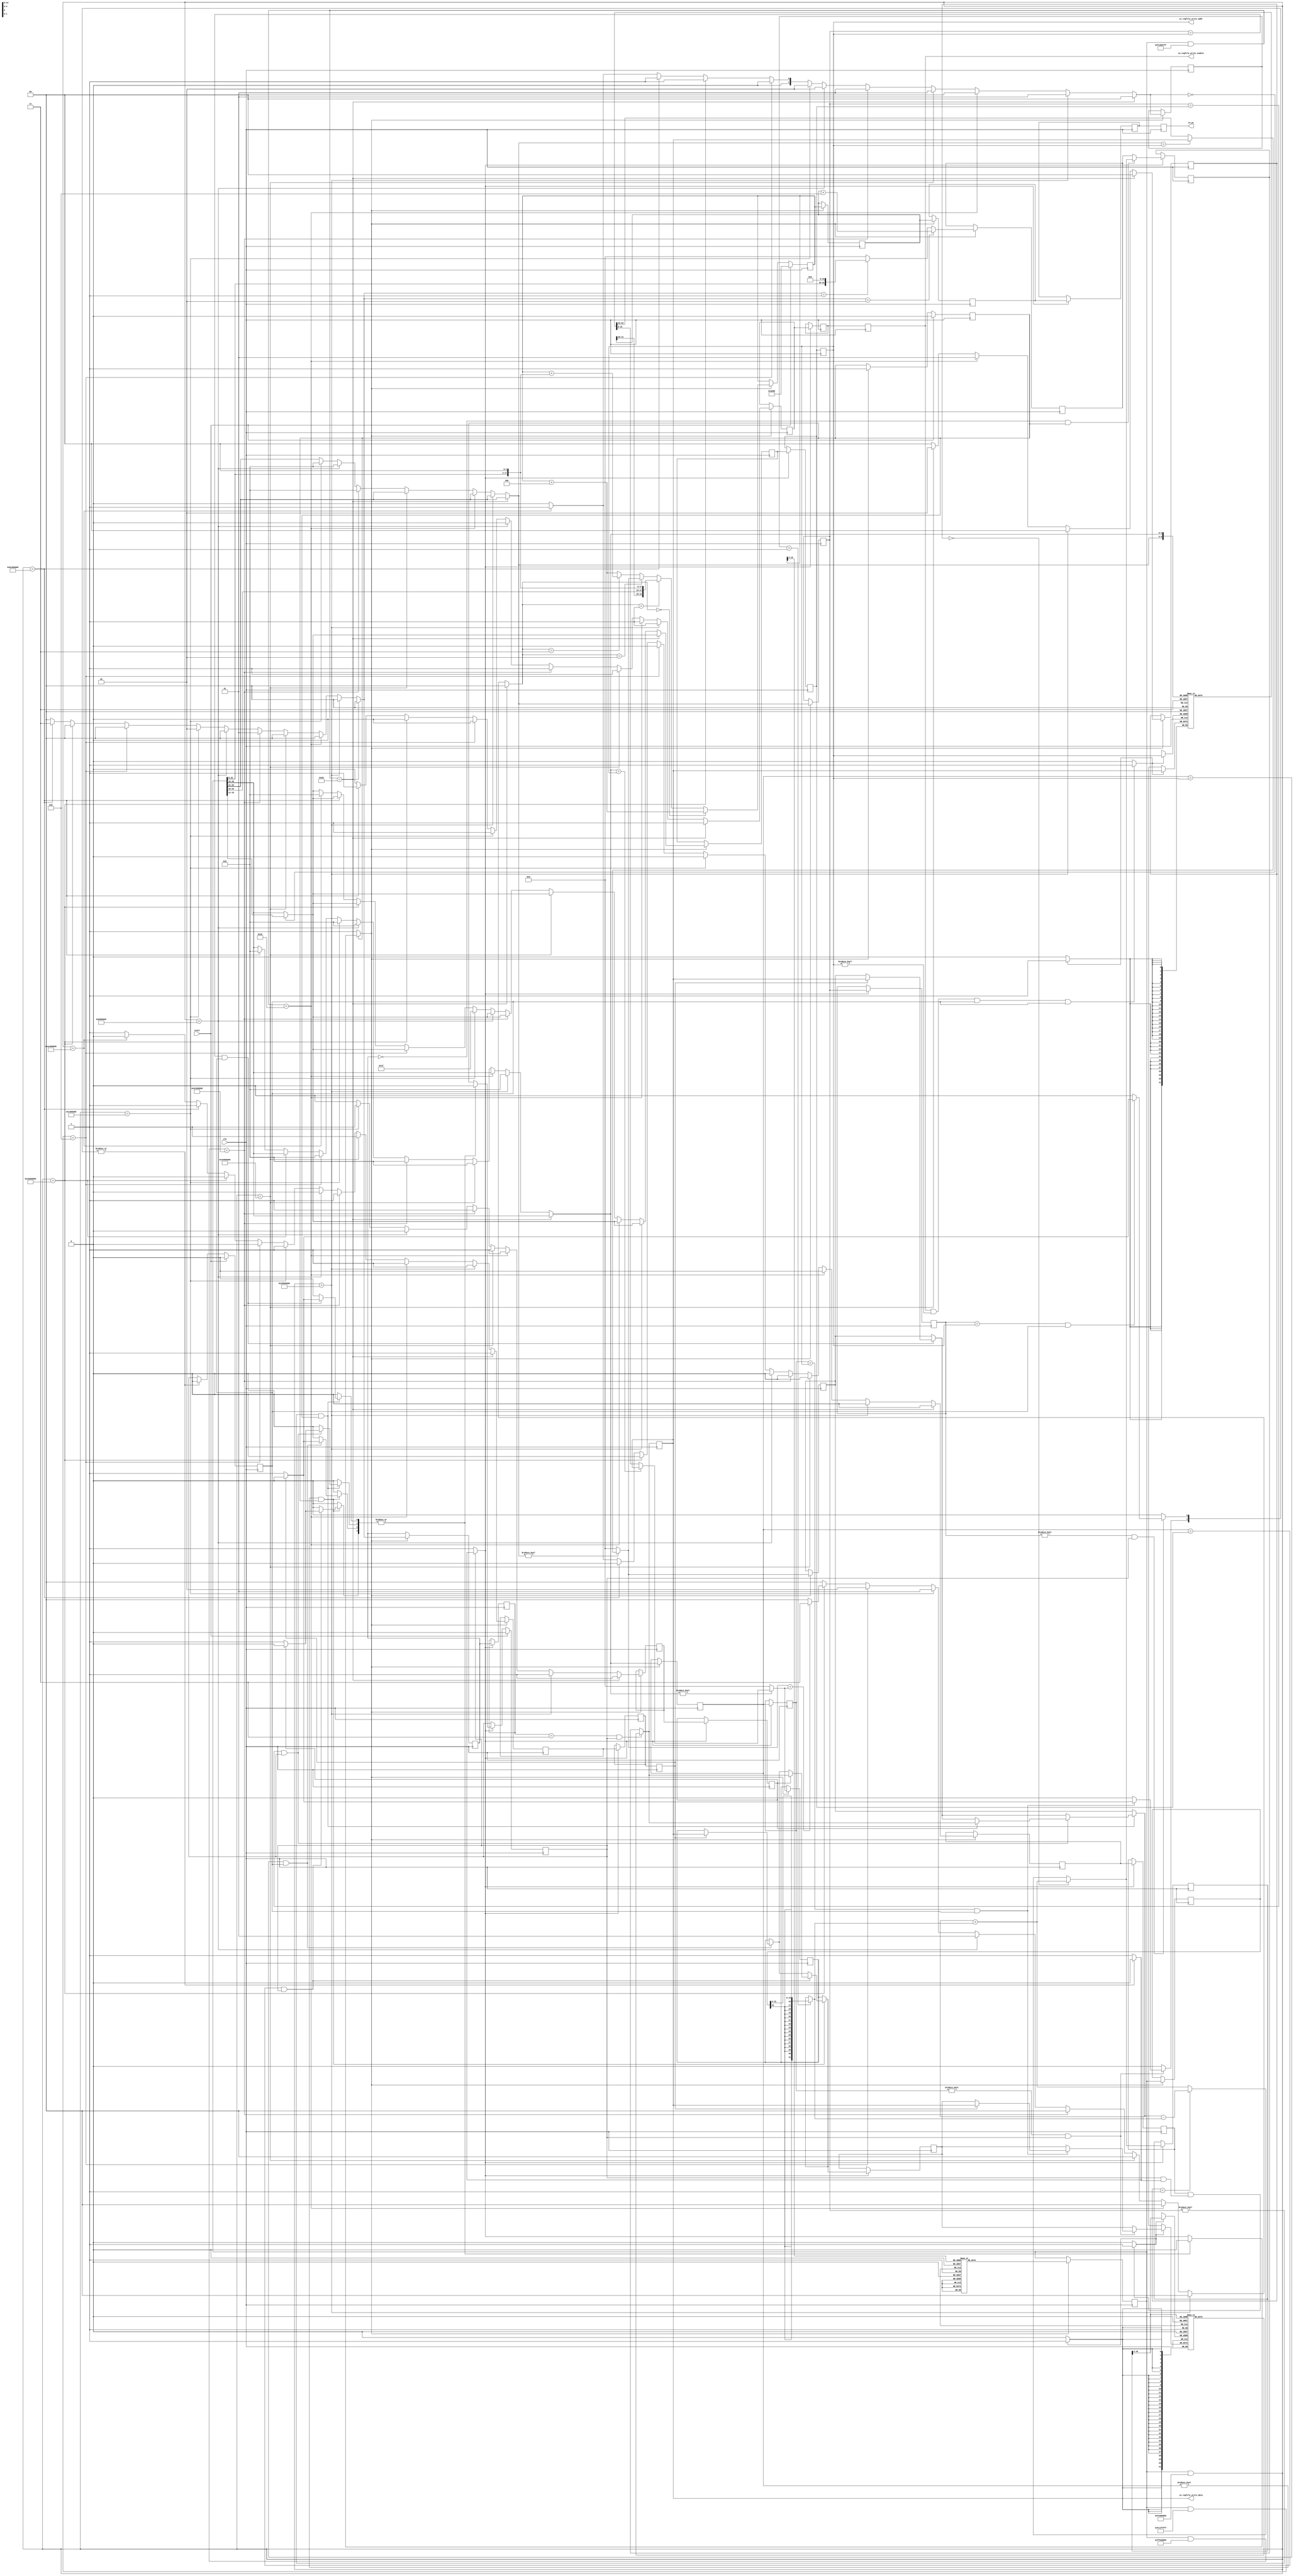
// Generator : SpinalHDL v1.10.1    git head : 2527c7c6b0fb0f95e5e1a5722a0be732b364ce43
// Component : MyTopLevel
// Git hash  : e5a811ef0aa9e9647f43e9067bb6b2a6b257add8

`timescale 1ns/1ps

module MyTopLevel (
  output wire [31:0]   io_pc,
  output wire          io_regfile_write_enable,
  output wire [4:0]    io_regfile_write_addr,
  output wire [31:0]   io_regfile_write_data,
  input  wire          clk,
  input  wire          reset
);
  localparam BypassRegfileWriteDataComponent_alu = 2'd0;
  localparam BypassRegfileWriteDataComponent_luc = 2'd1;
  localparam BypassRegfileWriteDataComponent_npc = 2'd2;
  localparam BypassRegfileWriteDataComponent_memory = 2'd3;
  localparam AluOp_add = 2'd0;
  localparam AluOp_sub = 2'd1;
  localparam AluOp_or_1 = 2'd2;
  localparam InstructionType_r = 2'd0;
  localparam InstructionType_i = 2'd1;
  localparam InstructionType_j = 2'd2;
  localparam NpcOp_pc4 = 2'd0;
  localparam NpcOp_imm26 = 2'd1;
  localparam NpcOp_regfile = 2'd2;
  localparam NpcOp_imm16 = 2'd3;

  wire       [31:0]   _zz_fetcher_icache_port0;
  wire       [31:0]   _zz_regfile_regfile_port0;
  wire       [31:0]   _zz_regfile_regfile_port1;
  wire       [31:0]   _zz_mem_dcache_port1;
  wire       [31:0]   _zz_decode_down_NPC;
  wire       [17:0]   _zz_decode_down_NPC_1;
  wire       [31:0]   _zz_decode_REGFILE_WRITE_DATA_bypass;
  wire       [31:0]   _zz_alu_in2;
  wire       [15:0]   _zz_alu_in2_1;
  wire       [31:0]   _zz_execute_down_ALU_OUT;
  wire       [31:0]   _zz_execute_down_ALU_OUT_1;
  wire       [31:0]   _zz_execute_down_ALU_OUT_2;
  wire       [31:0]   _zz_execute_down_ALU_OUT_3;
  wire       [31:0]   _zz_execute_down_ALU_OUT_4;
  wire       [31:0]   _zz_execute_down_ALU_OUT_5;
  wire       [31:0]   _zz_execute_down_ALU_OUT_6;
  wire       [31:0]   _zz_execute_down_ALU_OUT_7;
  wire       [31:0]   _zz_execute_down_ALU_OUT_8;
  wire       [14:0]   _zz_mem_dcache_port;
  wire                write_up_isReady;
  wire                memory_up_isReady;
  wire                fetch_up_isReady;
  wire                fetch_up_isValid;
  wire                memory_down_isValid;
  wire                execute_down_isValid;
  wire                decode_down_isValid;
  wire                decode_up_isValid;
  reg        [4:0]    write_up_REGFILE_WRITE_ADDR;
  reg                 write_up_REGFILE_WRITE_ENABLE;
  reg                 write_up_BYPASS_WRITE_ENABLE;
  reg        [31:0]   write_up_REGFILE_WRITE_DATA;
  reg        [31:0]   write_up_PC;
  reg        [31:0]   memory_up_ALU_OUT;
  reg        [4:0]    memory_up_REGFILE_WRITE_ADDR;
  reg                 memory_up_REGFILE_WRITE_ENABLE;
  wire                memory_down_REGFILE_WRITE_ENABLE;
  reg                 memory_up_MEMORY_WRITE_ENABLE;
  reg        [4:0]    memory_up_REGFILE_ADDR2;
  reg        [4:0]    memory_up_REGFILE_ADDR1;
  reg        [1:0]    memory_up_BYPASS_REGFILE_WRITE_DATA_COMPONENT;
  reg                 memory_up_BYPASS_WRITE_ENABLE;
  wire                memory_down_BYPASS_WRITE_ENABLE;
  reg                 memory_up_BYPASS_MEMORY_ENABLE;
  reg        [31:0]   memory_up_PC;
  wire       [31:0]   memory_down_PC;
  wire                memory_down_isReady;
  reg        [4:0]    execute_up_REGFILE_WRITE_ADDR;
  wire       [4:0]    execute_down_REGFILE_WRITE_ADDR;
  reg                 execute_up_REGFILE_WRITE_ENABLE;
  wire                execute_down_REGFILE_WRITE_ENABLE;
  reg                 execute_up_MEMORY_WRITE_ENABLE;
  wire                execute_down_MEMORY_WRITE_ENABLE;
  reg        [1:0]    execute_up_ALU_OP;
  reg        [4:0]    execute_up_REGFILE_ADDR2;
  reg        [4:0]    execute_up_REGFILE_ADDR1;
  reg        [1:0]    execute_up_BYPASS_REGFILE_WRITE_DATA_COMPONENT;
  reg                 execute_up_BYPASS_WRITE_ENABLE;
  wire                execute_down_BYPASS_WRITE_ENABLE;
  reg                 execute_up_BYPASS_MEMORY_ENABLE;
  wire                execute_down_BYPASS_MEMORY_ENABLE;
  reg        [1:0]    execute_up_INSTRUCTION_TYPE;
  reg        [31:0]   execute_up_INSTRUCTION;
  reg        [31:0]   execute_up_PC;
  wire       [31:0]   execute_down_PC;
  wire                execute_down_isReady;
  reg                 execute_up_valid;
  reg        [31:0]   decode_up_INSTRUCTION;
  reg        [31:0]   decode_up_PC;
  wire                decode_down_isReady;
  wire                fetch_down_isReady;
  wire                write_down_valid;
  reg                 write_up_valid;
  reg                 memory_down_valid;
  reg                 memory_up_valid;
  reg                 execute_down_valid;
  wire                fetch_up_ready;
  reg                 fetch_down_ready;
  wire                decode_up_ready;
  reg                 decode_down_ready;
  reg                 execute_up_ready;
  reg                 execute_down_ready;
  reg                 memory_up_ready;
  wire       [31:0]   write_down_PC;
  reg                 _zz_memory_haltRequest_MyTopLevel_l340;
  reg        [31:0]   memory_up_REGFILE_VAL2;
  reg        [31:0]   memory_REGFILE_VAL2_bypass;
  wire       [4:0]    memory_down_REGFILE_ADDR2;
  reg                 _zz_memory_haltRequest_MyTopLevel_l331;
  reg        [31:0]   memory_up_REGFILE_VAL1;
  wire       [31:0]   memory_down_REGFILE_VAL1;
  reg        [31:0]   memory_REGFILE_VAL1_bypass;
  wire       [4:0]    memory_down_REGFILE_ADDR1;
  reg                 _zz_execute_haltRequest_MyTopLevel_l320;
  reg                 _zz_execute_haltRequest_MyTopLevel_l313;
  reg        [31:0]   execute_up_REGFILE_VAL2;
  reg        [31:0]   execute_REGFILE_VAL2_bypass;
  wire       [4:0]    execute_down_REGFILE_ADDR2;
  reg                 _zz_execute_haltRequest_MyTopLevel_l303;
  wire                memory_down_BYPASS_MEMORY_ENABLE;
  wire       [4:0]    memory_down_REGFILE_WRITE_ADDR;
  reg                 _zz_execute_haltRequest_MyTopLevel_l296;
  reg        [31:0]   execute_up_REGFILE_VAL1;
  reg        [31:0]   execute_REGFILE_VAL1_bypass;
  wire                write_down_BYPASS_WRITE_ENABLE;
  wire       [4:0]    execute_down_REGFILE_ADDR1;
  reg                 _zz_1;
  wire                write_up_isValid;
  wire                write_up_isFiring;
  wire                write_down_REGFILE_WRITE_ENABLE;
  reg        [31:0]   memory_up_REGFILE_WRITE_DATA;
  wire       [31:0]   memory_down_REGFILE_WRITE_DATA;
  reg        [31:0]   memory_REGFILE_WRITE_DATA_bypass;
  wire                memory_up_isValid;
  wire       [1:0]    memory_down_BYPASS_REGFILE_WRITE_DATA_COMPONENT;
  reg                 _zz_2;
  wire       [31:0]   memory_down_REGFILE_VAL2;
  wire       [31:0]   memory_down_ALU_OUT;
  wire                memory_up_isFiring;
  wire                memory_down_MEMORY_WRITE_ENABLE;
  reg        [31:0]   execute_up_REGFILE_WRITE_DATA;
  wire       [31:0]   execute_down_REGFILE_WRITE_DATA;
  reg        [31:0]   execute_REGFILE_WRITE_DATA_bypass;
  wire                execute_up_isValid;
  wire       [1:0]    execute_down_BYPASS_REGFILE_WRITE_DATA_COMPONENT;
  wire       [31:0]   execute_down_REGFILE_VAL1;
  reg        [31:0]   execute_down_ALU_OUT;
  wire       [1:0]    execute_down_ALU_OP;
  wire       [31:0]   execute_down_REGFILE_VAL2;
  wire       [31:0]   execute_down_INSTRUCTION;
  wire       [1:0]    execute_down_INSTRUCTION_TYPE;
  wire       [31:0]   decode_down_PC;
  wire       [31:0]   decode_down_REGFILE_WRITE_DATA;
  reg        [31:0]   decode_REGFILE_WRITE_DATA_bypass;
  wire       [31:0]   decode_down_REGFILE_VAL2;
  wire       [31:0]   write_down_REGFILE_WRITE_DATA;
  wire       [4:0]    write_down_REGFILE_WRITE_ADDR;
  wire       [31:0]   decode_down_REGFILE_VAL1;
  wire                decode_down_REGFILE_VAL_EQUAL;
  wire       [31:0]   decode_up_REGFILE_WRITE_DATA;
  reg        [4:0]    decode_down_REGFILE_WRITE_ADDR;
  reg                 decode_down_REGFILE_WRITE_ENABLE;
  reg                 decode_down_MEMORY_WRITE_ENABLE;
  reg        [1:0]    decode_down_ALU_OP;
  reg        [4:0]    decode_down_REGFILE_ADDR2;
  reg        [4:0]    decode_down_REGFILE_ADDR1;
  reg        [1:0]    decode_down_NPC_OP;
  reg        [1:0]    decode_down_BYPASS_REGFILE_WRITE_DATA_COMPONENT;
  reg                 decode_down_BYPASS_WRITE_ENABLE;
  reg                 decode_down_BYPASS_MEMORY_ENABLE;
  reg                 decode_down_BYPASS_EXECUTE_ENABLE;
  reg        [1:0]    decode_down_INSTRUCTION_TYPE;
  wire       [31:0]   decode_down_INSTRUCTION;
  wire       [31:0]   fetch_down_INSTRUCTION;
  wire       [31:0]   fetch_down_PC;
  reg        [31:0]   decode_down_NPC;
  wire                fetch_up_isFiring;
  reg        [31:0]   fetcher_pc;
  wire       [14:0]   _zz_fetch_down_INSTRUCTION;
  wire                decoder_IS_NOP;
  wire                decoder_IS_ADD;
  wire                decoder_IS_ADDI;
  wire                decoder_IS_ADDU;
  wire                decoder_IS_ADDIU;
  wire                decoder_IS_SUB;
  wire                decoder_IS_SUBU;
  wire                decoder_IS_SLT;
  wire                decoder_IS_SLTI;
  wire                decoder_IS_SLTU;
  wire                decoder_IS_SLTIU;
  wire                decoder_IS_LUI;
  wire                decoder_IS_ORI;
  wire                decoder_IS_BEQ;
  wire                decoder_IS_J;
  wire                decoder_IS_JAL;
  wire                decoder_IS_JR;
  wire                decoder_IS_LW;
  wire                decoder_IS_SW;
  wire       [1:0]    _zz_decode_down_NPC_OP;
  wire                when_MyTopLevel_l226;
  wire                when_MyTopLevel_l233;
  wire                when_MyTopLevel_l235;
  wire                when_MyTopLevel_l237;
  wire                when_MyTopLevel_l239;
  wire                when_MyTopLevel_l245;
  wire       [31:0]   alu_in2;
  wire                when_MyTopLevel_l255;
  wire                when_MyTopLevel_l257;
  wire                when_MyTopLevel_l263;
  wire                when_MyTopLevel_l272;
  wire                when_MyTopLevel_l276;
  wire       [14:0]   _zz_memory_REGFILE_WRITE_DATA_bypass;
  wire                when_MyTopLevel_l283;
  wire                when_MyTopLevel_l290;
  wire                when_MyTopLevel_l292;
  wire                execute_haltRequest_MyTopLevel_l296;
  wire                when_MyTopLevel_l299;
  wire                execute_haltRequest_MyTopLevel_l303;
  wire                when_MyTopLevel_l307;
  wire                when_MyTopLevel_l309;
  wire                execute_haltRequest_MyTopLevel_l313;
  wire                when_MyTopLevel_l316;
  wire                execute_haltRequest_MyTopLevel_l320;
  wire                when_MyTopLevel_l326;
  wire                when_MyTopLevel_l327;
  wire                memory_haltRequest_MyTopLevel_l331;
  wire                when_MyTopLevel_l335;
  wire                when_MyTopLevel_l336;
  wire                memory_haltRequest_MyTopLevel_l340;
  wire                when_CtrlLink_l151;
  wire                when_CtrlLink_l151_1;
  wire                when_StageLink_l67;
  wire                when_StageLink_l67_1;
  wire                when_StageLink_l67_2;
  `ifndef SYNTHESIS
  reg [47:0] memory_up_BYPASS_REGFILE_WRITE_DATA_COMPONENT_string;
  reg [31:0] execute_up_ALU_OP_string;
  reg [47:0] execute_up_BYPASS_REGFILE_WRITE_DATA_COMPONENT_string;
  reg [7:0] execute_up_INSTRUCTION_TYPE_string;
  reg [47:0] memory_down_BYPASS_REGFILE_WRITE_DATA_COMPONENT_string;
  reg [47:0] execute_down_BYPASS_REGFILE_WRITE_DATA_COMPONENT_string;
  reg [31:0] execute_down_ALU_OP_string;
  reg [7:0] execute_down_INSTRUCTION_TYPE_string;
  reg [31:0] decode_down_ALU_OP_string;
  reg [55:0] decode_down_NPC_OP_string;
  reg [47:0] decode_down_BYPASS_REGFILE_WRITE_DATA_COMPONENT_string;
  reg [7:0] decode_down_INSTRUCTION_TYPE_string;
  reg [55:0] _zz_decode_down_NPC_OP_string;
  `endif

  reg [31:0] fetcher_icache [0:32767];
  (* ram_style = "distributed" *) reg [31:0] regfile_regfile [0:31];
  (* ram_style = "distributed" *) reg [31:0] mem_dcache [0:32767];

  assign _zz_decode_down_NPC_1 = {decode_down_INSTRUCTION[15 : 0],2'b00};
  assign _zz_decode_down_NPC = {14'd0, _zz_decode_down_NPC_1};
  assign _zz_decode_REGFILE_WRITE_DATA_bypass = (decode_down_PC + 32'h00000008);
  assign _zz_alu_in2_1 = execute_down_INSTRUCTION[15 : 0];
  assign _zz_alu_in2 = {{16{_zz_alu_in2_1[15]}}, _zz_alu_in2_1};
  assign _zz_execute_down_ALU_OUT = ($signed(_zz_execute_down_ALU_OUT_1) + $signed(_zz_execute_down_ALU_OUT_2));
  assign _zz_execute_down_ALU_OUT_1 = execute_down_REGFILE_VAL1;
  assign _zz_execute_down_ALU_OUT_2 = alu_in2;
  assign _zz_execute_down_ALU_OUT_3 = ($signed(_zz_execute_down_ALU_OUT_4) - $signed(_zz_execute_down_ALU_OUT_5));
  assign _zz_execute_down_ALU_OUT_4 = execute_down_REGFILE_VAL1;
  assign _zz_execute_down_ALU_OUT_5 = alu_in2;
  assign _zz_execute_down_ALU_OUT_6 = ($signed(_zz_execute_down_ALU_OUT_7) + $signed(_zz_execute_down_ALU_OUT_8));
  assign _zz_execute_down_ALU_OUT_7 = execute_down_REGFILE_VAL1;
  assign _zz_execute_down_ALU_OUT_8 = alu_in2;
  assign _zz_mem_dcache_port = memory_down_ALU_OUT[16 : 2];
  assign _zz_fetcher_icache_port0 = fetcher_icache[_zz_fetch_down_INSTRUCTION];
  assign _zz_regfile_regfile_port0 = regfile_regfile[decode_down_REGFILE_ADDR1];
  assign _zz_regfile_regfile_port1 = regfile_regfile[decode_down_REGFILE_ADDR2];
  always @(posedge clk) begin
    if(_zz_1) begin
      regfile_regfile[write_down_REGFILE_WRITE_ADDR] <= write_down_REGFILE_WRITE_DATA;
    end
  end

  always @(posedge clk) begin
    if(_zz_2) begin
      mem_dcache[_zz_mem_dcache_port] <= memory_down_REGFILE_VAL2;
    end
  end

  assign _zz_mem_dcache_port1 = mem_dcache[_zz_memory_REGFILE_WRITE_DATA_bypass];
  `ifndef SYNTHESIS
  always @(*) begin
    case(memory_up_BYPASS_REGFILE_WRITE_DATA_COMPONENT)
      BypassRegfileWriteDataComponent_alu : memory_up_BYPASS_REGFILE_WRITE_DATA_COMPONENT_string = "alu   ";
      BypassRegfileWriteDataComponent_luc : memory_up_BYPASS_REGFILE_WRITE_DATA_COMPONENT_string = "luc   ";
      BypassRegfileWriteDataComponent_npc : memory_up_BYPASS_REGFILE_WRITE_DATA_COMPONENT_string = "npc   ";
      BypassRegfileWriteDataComponent_memory : memory_up_BYPASS_REGFILE_WRITE_DATA_COMPONENT_string = "memory";
      default : memory_up_BYPASS_REGFILE_WRITE_DATA_COMPONENT_string = "??????";
    endcase
  end
  always @(*) begin
    case(execute_up_ALU_OP)
      AluOp_add : execute_up_ALU_OP_string = "add ";
      AluOp_sub : execute_up_ALU_OP_string = "sub ";
      AluOp_or_1 : execute_up_ALU_OP_string = "or_1";
      default : execute_up_ALU_OP_string = "????";
    endcase
  end
  always @(*) begin
    case(execute_up_BYPASS_REGFILE_WRITE_DATA_COMPONENT)
      BypassRegfileWriteDataComponent_alu : execute_up_BYPASS_REGFILE_WRITE_DATA_COMPONENT_string = "alu   ";
      BypassRegfileWriteDataComponent_luc : execute_up_BYPASS_REGFILE_WRITE_DATA_COMPONENT_string = "luc   ";
      BypassRegfileWriteDataComponent_npc : execute_up_BYPASS_REGFILE_WRITE_DATA_COMPONENT_string = "npc   ";
      BypassRegfileWriteDataComponent_memory : execute_up_BYPASS_REGFILE_WRITE_DATA_COMPONENT_string = "memory";
      default : execute_up_BYPASS_REGFILE_WRITE_DATA_COMPONENT_string = "??????";
    endcase
  end
  always @(*) begin
    case(execute_up_INSTRUCTION_TYPE)
      InstructionType_r : execute_up_INSTRUCTION_TYPE_string = "r";
      InstructionType_i : execute_up_INSTRUCTION_TYPE_string = "i";
      InstructionType_j : execute_up_INSTRUCTION_TYPE_string = "j";
      default : execute_up_INSTRUCTION_TYPE_string = "?";
    endcase
  end
  always @(*) begin
    case(memory_down_BYPASS_REGFILE_WRITE_DATA_COMPONENT)
      BypassRegfileWriteDataComponent_alu : memory_down_BYPASS_REGFILE_WRITE_DATA_COMPONENT_string = "alu   ";
      BypassRegfileWriteDataComponent_luc : memory_down_BYPASS_REGFILE_WRITE_DATA_COMPONENT_string = "luc   ";
      BypassRegfileWriteDataComponent_npc : memory_down_BYPASS_REGFILE_WRITE_DATA_COMPONENT_string = "npc   ";
      BypassRegfileWriteDataComponent_memory : memory_down_BYPASS_REGFILE_WRITE_DATA_COMPONENT_string = "memory";
      default : memory_down_BYPASS_REGFILE_WRITE_DATA_COMPONENT_string = "??????";
    endcase
  end
  always @(*) begin
    case(execute_down_BYPASS_REGFILE_WRITE_DATA_COMPONENT)
      BypassRegfileWriteDataComponent_alu : execute_down_BYPASS_REGFILE_WRITE_DATA_COMPONENT_string = "alu   ";
      BypassRegfileWriteDataComponent_luc : execute_down_BYPASS_REGFILE_WRITE_DATA_COMPONENT_string = "luc   ";
      BypassRegfileWriteDataComponent_npc : execute_down_BYPASS_REGFILE_WRITE_DATA_COMPONENT_string = "npc   ";
      BypassRegfileWriteDataComponent_memory : execute_down_BYPASS_REGFILE_WRITE_DATA_COMPONENT_string = "memory";
      default : execute_down_BYPASS_REGFILE_WRITE_DATA_COMPONENT_string = "??????";
    endcase
  end
  always @(*) begin
    case(execute_down_ALU_OP)
      AluOp_add : execute_down_ALU_OP_string = "add ";
      AluOp_sub : execute_down_ALU_OP_string = "sub ";
      AluOp_or_1 : execute_down_ALU_OP_string = "or_1";
      default : execute_down_ALU_OP_string = "????";
    endcase
  end
  always @(*) begin
    case(execute_down_INSTRUCTION_TYPE)
      InstructionType_r : execute_down_INSTRUCTION_TYPE_string = "r";
      InstructionType_i : execute_down_INSTRUCTION_TYPE_string = "i";
      InstructionType_j : execute_down_INSTRUCTION_TYPE_string = "j";
      default : execute_down_INSTRUCTION_TYPE_string = "?";
    endcase
  end
  always @(*) begin
    case(decode_down_ALU_OP)
      AluOp_add : decode_down_ALU_OP_string = "add ";
      AluOp_sub : decode_down_ALU_OP_string = "sub ";
      AluOp_or_1 : decode_down_ALU_OP_string = "or_1";
      default : decode_down_ALU_OP_string = "????";
    endcase
  end
  always @(*) begin
    case(decode_down_NPC_OP)
      NpcOp_pc4 : decode_down_NPC_OP_string = "pc4    ";
      NpcOp_imm26 : decode_down_NPC_OP_string = "imm26  ";
      NpcOp_regfile : decode_down_NPC_OP_string = "regfile";
      NpcOp_imm16 : decode_down_NPC_OP_string = "imm16  ";
      default : decode_down_NPC_OP_string = "???????";
    endcase
  end
  always @(*) begin
    case(decode_down_BYPASS_REGFILE_WRITE_DATA_COMPONENT)
      BypassRegfileWriteDataComponent_alu : decode_down_BYPASS_REGFILE_WRITE_DATA_COMPONENT_string = "alu   ";
      BypassRegfileWriteDataComponent_luc : decode_down_BYPASS_REGFILE_WRITE_DATA_COMPONENT_string = "luc   ";
      BypassRegfileWriteDataComponent_npc : decode_down_BYPASS_REGFILE_WRITE_DATA_COMPONENT_string = "npc   ";
      BypassRegfileWriteDataComponent_memory : decode_down_BYPASS_REGFILE_WRITE_DATA_COMPONENT_string = "memory";
      default : decode_down_BYPASS_REGFILE_WRITE_DATA_COMPONENT_string = "??????";
    endcase
  end
  always @(*) begin
    case(decode_down_INSTRUCTION_TYPE)
      InstructionType_r : decode_down_INSTRUCTION_TYPE_string = "r";
      InstructionType_i : decode_down_INSTRUCTION_TYPE_string = "i";
      InstructionType_j : decode_down_INSTRUCTION_TYPE_string = "j";
      default : decode_down_INSTRUCTION_TYPE_string = "?";
    endcase
  end
  always @(*) begin
    case(_zz_decode_down_NPC_OP)
      NpcOp_pc4 : _zz_decode_down_NPC_OP_string = "pc4    ";
      NpcOp_imm26 : _zz_decode_down_NPC_OP_string = "imm26  ";
      NpcOp_regfile : _zz_decode_down_NPC_OP_string = "regfile";
      NpcOp_imm16 : _zz_decode_down_NPC_OP_string = "imm16  ";
      default : _zz_decode_down_NPC_OP_string = "???????";
    endcase
  end
  `endif

  always @(*) begin
    _zz_memory_haltRequest_MyTopLevel_l340 = 1'b0;
    if(when_MyTopLevel_l335) begin
      if(when_MyTopLevel_l336) begin
        if(!write_down_BYPASS_WRITE_ENABLE) begin
          _zz_memory_haltRequest_MyTopLevel_l340 = 1'b1;
        end
      end
    end
  end

  assign memory_down_REGFILE_VAL2 = memory_REGFILE_VAL2_bypass;
  always @(*) begin
    memory_REGFILE_VAL2_bypass = memory_up_REGFILE_VAL2;
    if(when_MyTopLevel_l335) begin
      if(when_MyTopLevel_l336) begin
        if(write_down_BYPASS_WRITE_ENABLE) begin
          memory_REGFILE_VAL2_bypass = write_down_REGFILE_WRITE_DATA;
        end
      end
    end
  end

  always @(*) begin
    _zz_memory_haltRequest_MyTopLevel_l331 = 1'b0;
    if(when_MyTopLevel_l326) begin
      if(when_MyTopLevel_l327) begin
        if(!write_down_BYPASS_WRITE_ENABLE) begin
          _zz_memory_haltRequest_MyTopLevel_l331 = 1'b1;
        end
      end
    end
  end

  assign memory_down_REGFILE_VAL1 = memory_REGFILE_VAL1_bypass;
  always @(*) begin
    memory_REGFILE_VAL1_bypass = memory_up_REGFILE_VAL1;
    if(when_MyTopLevel_l326) begin
      if(when_MyTopLevel_l327) begin
        if(write_down_BYPASS_WRITE_ENABLE) begin
          memory_REGFILE_VAL1_bypass = write_down_REGFILE_WRITE_DATA;
        end
      end
    end
  end

  always @(*) begin
    _zz_execute_haltRequest_MyTopLevel_l320 = 1'b0;
    if(when_MyTopLevel_l307) begin
      if(when_MyTopLevel_l316) begin
        if(!memory_down_BYPASS_MEMORY_ENABLE) begin
          _zz_execute_haltRequest_MyTopLevel_l320 = 1'b1;
        end
      end
    end
  end

  always @(*) begin
    _zz_execute_haltRequest_MyTopLevel_l313 = 1'b0;
    if(when_MyTopLevel_l307) begin
      if(when_MyTopLevel_l309) begin
        if(!write_down_BYPASS_WRITE_ENABLE) begin
          _zz_execute_haltRequest_MyTopLevel_l313 = 1'b1;
        end
      end
    end
  end

  assign execute_down_REGFILE_VAL2 = execute_REGFILE_VAL2_bypass;
  always @(*) begin
    execute_REGFILE_VAL2_bypass = execute_up_REGFILE_VAL2;
    if(when_MyTopLevel_l307) begin
      if(when_MyTopLevel_l309) begin
        if(write_down_BYPASS_WRITE_ENABLE) begin
          execute_REGFILE_VAL2_bypass = write_down_REGFILE_WRITE_DATA;
        end
      end
      if(when_MyTopLevel_l316) begin
        if(memory_down_BYPASS_MEMORY_ENABLE) begin
          execute_REGFILE_VAL2_bypass = memory_down_REGFILE_WRITE_DATA;
        end
      end
    end
  end

  always @(*) begin
    _zz_execute_haltRequest_MyTopLevel_l303 = 1'b0;
    if(when_MyTopLevel_l290) begin
      if(when_MyTopLevel_l299) begin
        if(!memory_down_BYPASS_MEMORY_ENABLE) begin
          _zz_execute_haltRequest_MyTopLevel_l303 = 1'b1;
        end
      end
    end
  end

  always @(*) begin
    _zz_execute_haltRequest_MyTopLevel_l296 = 1'b0;
    if(when_MyTopLevel_l290) begin
      if(when_MyTopLevel_l292) begin
        if(!write_down_BYPASS_WRITE_ENABLE) begin
          _zz_execute_haltRequest_MyTopLevel_l296 = 1'b1;
        end
      end
    end
  end

  assign execute_down_REGFILE_VAL1 = execute_REGFILE_VAL1_bypass;
  always @(*) begin
    execute_REGFILE_VAL1_bypass = execute_up_REGFILE_VAL1;
    if(when_MyTopLevel_l290) begin
      if(when_MyTopLevel_l292) begin
        if(write_down_BYPASS_WRITE_ENABLE) begin
          execute_REGFILE_VAL1_bypass = write_down_REGFILE_WRITE_DATA;
        end
      end
      if(when_MyTopLevel_l299) begin
        if(memory_down_BYPASS_MEMORY_ENABLE) begin
          execute_REGFILE_VAL1_bypass = memory_down_REGFILE_WRITE_DATA;
        end
      end
    end
  end

  always @(*) begin
    _zz_1 = 1'b0;
    if(when_MyTopLevel_l283) begin
      _zz_1 = 1'b1;
    end
  end

  assign memory_down_REGFILE_WRITE_DATA = memory_REGFILE_WRITE_DATA_bypass;
  always @(*) begin
    memory_REGFILE_WRITE_DATA_bypass = memory_up_REGFILE_WRITE_DATA;
    if(when_MyTopLevel_l276) begin
      memory_REGFILE_WRITE_DATA_bypass = _zz_mem_dcache_port1;
    end
  end

  always @(*) begin
    _zz_2 = 1'b0;
    if(when_MyTopLevel_l272) begin
      _zz_2 = 1'b1;
    end
  end

  assign execute_down_REGFILE_WRITE_DATA = execute_REGFILE_WRITE_DATA_bypass;
  always @(*) begin
    execute_REGFILE_WRITE_DATA_bypass = execute_up_REGFILE_WRITE_DATA;
    if(when_MyTopLevel_l263) begin
      execute_REGFILE_WRITE_DATA_bypass = execute_down_ALU_OUT;
    end
  end

  assign decode_down_REGFILE_WRITE_DATA = decode_REGFILE_WRITE_DATA_bypass;
  always @(*) begin
    decode_REGFILE_WRITE_DATA_bypass = decode_up_REGFILE_WRITE_DATA;
    if(when_MyTopLevel_l226) begin
      decode_REGFILE_WRITE_DATA_bypass = {decode_down_INSTRUCTION[15 : 0],16'h0000};
    end
    if(when_MyTopLevel_l245) begin
      decode_REGFILE_WRITE_DATA_bypass = _zz_decode_REGFILE_WRITE_DATA_bypass;
    end
  end

  assign fetch_down_PC = fetcher_pc;
  assign _zz_fetch_down_INSTRUCTION = fetch_down_PC[16 : 2];
  assign fetch_down_INSTRUCTION = _zz_fetcher_icache_port0;
  assign decoder_IS_NOP = ((decode_down_INSTRUCTION & 32'hffffffff) == 32'h00000000);
  assign decoder_IS_ADD = ((decode_down_INSTRUCTION & 32'hfc0007ff) == 32'h00000020);
  assign decoder_IS_ADDI = ((decode_down_INSTRUCTION & 32'hfc000000) == 32'h20000000);
  assign decoder_IS_ADDU = ((decode_down_INSTRUCTION & 32'hfc0007ff) == 32'h00000021);
  assign decoder_IS_ADDIU = ((decode_down_INSTRUCTION & 32'hfc000000) == 32'h24000000);
  assign decoder_IS_SUB = ((decode_down_INSTRUCTION & 32'hfc0007ff) == 32'h00000022);
  assign decoder_IS_SUBU = ((decode_down_INSTRUCTION & 32'hfc0007ff) == 32'h00000023);
  assign decoder_IS_SLT = ((decode_down_INSTRUCTION & 32'hfc0007ff) == 32'h0000002a);
  assign decoder_IS_SLTI = ((decode_down_INSTRUCTION & 32'hfc000000) == 32'h28000000);
  assign decoder_IS_SLTU = ((decode_down_INSTRUCTION & 32'hfc0007ff) == 32'h0000002b);
  assign decoder_IS_SLTIU = ((decode_down_INSTRUCTION & 32'hfc000000) == 32'h2c000000);
  assign decoder_IS_LUI = ((decode_down_INSTRUCTION & 32'hffe00000) == 32'h3c000000);
  assign decoder_IS_ORI = ((decode_down_INSTRUCTION & 32'hfc000000) == 32'h34000000);
  assign decoder_IS_BEQ = ((decode_down_INSTRUCTION & 32'hfc000000) == 32'h10000000);
  assign decoder_IS_J = ((decode_down_INSTRUCTION & 32'hfc000000) == 32'h08000000);
  assign decoder_IS_JAL = ((decode_down_INSTRUCTION & 32'hfc000000) == 32'h0c000000);
  assign decoder_IS_JR = ((decode_down_INSTRUCTION & 32'hfc1fffff) == 32'h00000008);
  assign decoder_IS_LW = ((decode_down_INSTRUCTION & 32'hfc000000) == 32'h8c000000);
  assign decoder_IS_SW = ((decode_down_INSTRUCTION & 32'hfc000000) == 32'hac000000);
  always @(*) begin
    decode_down_INSTRUCTION_TYPE = InstructionType_r;
    if(!decoder_IS_ADD) begin
      if(decoder_IS_ADDI) begin
        decode_down_INSTRUCTION_TYPE = InstructionType_i;
      end else begin
        if(!decoder_IS_SUB) begin
          if(decoder_IS_ORI) begin
            decode_down_INSTRUCTION_TYPE = InstructionType_i;
          end else begin
            if(decoder_IS_LUI) begin
              decode_down_INSTRUCTION_TYPE = InstructionType_i;
            end else begin
              if(decoder_IS_J) begin
                decode_down_INSTRUCTION_TYPE = InstructionType_j;
              end else begin
                if(decoder_IS_JAL) begin
                  decode_down_INSTRUCTION_TYPE = InstructionType_j;
                end else begin
                  if(!decoder_IS_JR) begin
                    if(decoder_IS_BEQ) begin
                      decode_down_INSTRUCTION_TYPE = InstructionType_i;
                    end else begin
                      if(decoder_IS_LW) begin
                        decode_down_INSTRUCTION_TYPE = InstructionType_i;
                      end else begin
                        if(decoder_IS_SW) begin
                          decode_down_INSTRUCTION_TYPE = InstructionType_i;
                        end
                      end
                    end
                  end
                end
              end
            end
          end
        end
      end
    end
  end

  always @(*) begin
    decode_down_BYPASS_EXECUTE_ENABLE = 1'b0;
    if(!decoder_IS_ADD) begin
      if(!decoder_IS_ADDI) begin
        if(!decoder_IS_SUB) begin
          if(!decoder_IS_ORI) begin
            if(decoder_IS_LUI) begin
              decode_down_BYPASS_EXECUTE_ENABLE = 1'b1;
            end else begin
              if(!decoder_IS_J) begin
                if(decoder_IS_JAL) begin
                  decode_down_BYPASS_EXECUTE_ENABLE = 1'b1;
                end
              end
            end
          end
        end
      end
    end
  end

  always @(*) begin
    decode_down_BYPASS_MEMORY_ENABLE = 1'b0;
    if(decoder_IS_ADD) begin
      decode_down_BYPASS_MEMORY_ENABLE = 1'b1;
    end else begin
      if(decoder_IS_ADDI) begin
        decode_down_BYPASS_MEMORY_ENABLE = 1'b1;
      end else begin
        if(decoder_IS_SUB) begin
          decode_down_BYPASS_MEMORY_ENABLE = 1'b1;
        end else begin
          if(decoder_IS_ORI) begin
            decode_down_BYPASS_MEMORY_ENABLE = 1'b1;
          end else begin
            if(decoder_IS_LUI) begin
              decode_down_BYPASS_MEMORY_ENABLE = 1'b1;
            end else begin
              if(!decoder_IS_J) begin
                if(decoder_IS_JAL) begin
                  decode_down_BYPASS_MEMORY_ENABLE = 1'b1;
                end
              end
            end
          end
        end
      end
    end
  end

  always @(*) begin
    decode_down_BYPASS_WRITE_ENABLE = 1'b1;
    if(!decoder_IS_ADD) begin
      if(!decoder_IS_ADDI) begin
        if(!decoder_IS_SUB) begin
          if(!decoder_IS_ORI) begin
            if(!decoder_IS_LUI) begin
              if(decoder_IS_J) begin
                decode_down_BYPASS_WRITE_ENABLE = 1'b0;
              end else begin
                if(!decoder_IS_JAL) begin
                  if(decoder_IS_JR) begin
                    decode_down_BYPASS_WRITE_ENABLE = 1'b0;
                  end else begin
                    if(decoder_IS_BEQ) begin
                      decode_down_BYPASS_WRITE_ENABLE = 1'b0;
                    end else begin
                      if(!decoder_IS_LW) begin
                        if(decoder_IS_SW) begin
                          decode_down_BYPASS_WRITE_ENABLE = 1'b0;
                        end
                      end
                    end
                  end
                end
              end
            end
          end
        end
      end
    end
  end

  always @(*) begin
    decode_down_BYPASS_REGFILE_WRITE_DATA_COMPONENT = BypassRegfileWriteDataComponent_alu;
    if(!decoder_IS_ADD) begin
      if(!decoder_IS_ADDI) begin
        if(!decoder_IS_SUB) begin
          if(!decoder_IS_ORI) begin
            if(decoder_IS_LUI) begin
              decode_down_BYPASS_REGFILE_WRITE_DATA_COMPONENT = BypassRegfileWriteDataComponent_luc;
            end else begin
              if(!decoder_IS_J) begin
                if(decoder_IS_JAL) begin
                  decode_down_BYPASS_REGFILE_WRITE_DATA_COMPONENT = BypassRegfileWriteDataComponent_npc;
                end else begin
                  if(!decoder_IS_JR) begin
                    if(!decoder_IS_BEQ) begin
                      if(decoder_IS_LW) begin
                        decode_down_BYPASS_REGFILE_WRITE_DATA_COMPONENT = BypassRegfileWriteDataComponent_memory;
                      end
                    end
                  end
                end
              end
            end
          end
        end
      end
    end
  end

  always @(*) begin
    decode_down_NPC_OP = NpcOp_pc4;
    if(!decoder_IS_ADD) begin
      if(!decoder_IS_ADDI) begin
        if(!decoder_IS_SUB) begin
          if(!decoder_IS_ORI) begin
            if(!decoder_IS_LUI) begin
              if(decoder_IS_J) begin
                decode_down_NPC_OP = NpcOp_imm26;
              end else begin
                if(decoder_IS_JAL) begin
                  decode_down_NPC_OP = NpcOp_imm26;
                end else begin
                  if(decoder_IS_JR) begin
                    decode_down_NPC_OP = NpcOp_regfile;
                  end else begin
                    if(decoder_IS_BEQ) begin
                      decode_down_NPC_OP = _zz_decode_down_NPC_OP;
                    end
                  end
                end
              end
            end
          end
        end
      end
    end
  end

  always @(*) begin
    decode_down_REGFILE_ADDR1 = decode_down_INSTRUCTION[25 : 21];
    if(!decoder_IS_ADD) begin
      if(!decoder_IS_ADDI) begin
        if(!decoder_IS_SUB) begin
          if(!decoder_IS_ORI) begin
            if(decoder_IS_LUI) begin
              decode_down_REGFILE_ADDR1 = 5'h00;
            end else begin
              if(decoder_IS_J) begin
                decode_down_REGFILE_ADDR1 = 5'h00;
              end else begin
                if(decoder_IS_JAL) begin
                  decode_down_REGFILE_ADDR1 = 5'h00;
                end
              end
            end
          end
        end
      end
    end
  end

  always @(*) begin
    decode_down_REGFILE_ADDR2 = decode_down_INSTRUCTION[20 : 16];
    if(!decoder_IS_ADD) begin
      if(decoder_IS_ADDI) begin
        decode_down_REGFILE_ADDR2 = 5'h00;
      end else begin
        if(!decoder_IS_SUB) begin
          if(decoder_IS_ORI) begin
            decode_down_REGFILE_ADDR2 = 5'h00;
          end else begin
            if(decoder_IS_LUI) begin
              decode_down_REGFILE_ADDR2 = 5'h00;
            end else begin
              if(decoder_IS_J) begin
                decode_down_REGFILE_ADDR2 = 5'h00;
              end else begin
                if(decoder_IS_JAL) begin
                  decode_down_REGFILE_ADDR2 = 5'h00;
                end else begin
                  if(decoder_IS_JR) begin
                    decode_down_REGFILE_ADDR2 = 5'h00;
                  end else begin
                    if(!decoder_IS_BEQ) begin
                      if(decoder_IS_LW) begin
                        decode_down_REGFILE_ADDR2 = 5'h00;
                      end
                    end
                  end
                end
              end
            end
          end
        end
      end
    end
  end

  always @(*) begin
    decode_down_ALU_OP = AluOp_add;
    if(!decoder_IS_ADD) begin
      if(!decoder_IS_ADDI) begin
        if(decoder_IS_SUB) begin
          decode_down_ALU_OP = AluOp_sub;
        end else begin
          if(decoder_IS_ORI) begin
            decode_down_ALU_OP = AluOp_or_1;
          end
        end
      end
    end
  end

  always @(*) begin
    decode_down_MEMORY_WRITE_ENABLE = 1'b0;
    if(!decoder_IS_ADD) begin
      if(!decoder_IS_ADDI) begin
        if(!decoder_IS_SUB) begin
          if(!decoder_IS_ORI) begin
            if(!decoder_IS_LUI) begin
              if(!decoder_IS_J) begin
                if(!decoder_IS_JAL) begin
                  if(!decoder_IS_JR) begin
                    if(!decoder_IS_BEQ) begin
                      if(!decoder_IS_LW) begin
                        if(decoder_IS_SW) begin
                          decode_down_MEMORY_WRITE_ENABLE = 1'b1;
                        end
                      end
                    end
                  end
                end
              end
            end
          end
        end
      end
    end
  end

  always @(*) begin
    decode_down_REGFILE_WRITE_ENABLE = 1'b0;
    if(decoder_IS_ADD) begin
      decode_down_REGFILE_WRITE_ENABLE = 1'b1;
    end else begin
      if(decoder_IS_ADDI) begin
        decode_down_REGFILE_WRITE_ENABLE = 1'b1;
      end else begin
        if(decoder_IS_SUB) begin
          decode_down_REGFILE_WRITE_ENABLE = 1'b1;
        end else begin
          if(decoder_IS_ORI) begin
            decode_down_REGFILE_WRITE_ENABLE = 1'b1;
          end else begin
            if(decoder_IS_LUI) begin
              decode_down_REGFILE_WRITE_ENABLE = 1'b1;
            end else begin
              if(!decoder_IS_J) begin
                if(decoder_IS_JAL) begin
                  decode_down_REGFILE_WRITE_ENABLE = 1'b1;
                end else begin
                  if(!decoder_IS_JR) begin
                    if(!decoder_IS_BEQ) begin
                      if(decoder_IS_LW) begin
                        decode_down_REGFILE_WRITE_ENABLE = 1'b1;
                      end
                    end
                  end
                end
              end
            end
          end
        end
      end
    end
  end

  always @(*) begin
    decode_down_REGFILE_WRITE_ADDR = ((decode_down_INSTRUCTION_TYPE == InstructionType_r) ? decode_down_INSTRUCTION[15 : 11] : decode_down_INSTRUCTION[20 : 16]);
    if(!decoder_IS_ADD) begin
      if(!decoder_IS_ADDI) begin
        if(!decoder_IS_SUB) begin
          if(!decoder_IS_ORI) begin
            if(!decoder_IS_LUI) begin
              if(!decoder_IS_J) begin
                if(decoder_IS_JAL) begin
                  decode_down_REGFILE_WRITE_ADDR = 5'h1f;
                end else begin
                  if(!decoder_IS_JR) begin
                    if(!decoder_IS_BEQ) begin
                      if(!decoder_IS_LW) begin
                        if(decoder_IS_SW) begin
                          decode_down_REGFILE_WRITE_ADDR = 5'h00;
                        end
                      end
                    end
                  end
                end
              end
            end
          end
        end
      end
    end
  end

  assign decode_up_REGFILE_WRITE_DATA = 32'h00000000;
  assign _zz_decode_down_NPC_OP = (decode_down_REGFILE_VAL_EQUAL ? NpcOp_imm16 : NpcOp_pc4);
  assign decode_down_REGFILE_VAL1 = ((decode_down_REGFILE_ADDR1 != 5'h00) ? ((decode_down_REGFILE_ADDR1 == write_down_REGFILE_WRITE_ADDR) ? write_down_REGFILE_WRITE_DATA : _zz_regfile_regfile_port0) : 32'h00000000);
  assign decode_down_REGFILE_VAL2 = ((decode_down_REGFILE_ADDR2 != 5'h00) ? ((decode_down_REGFILE_ADDR2 == write_down_REGFILE_WRITE_ADDR) ? write_down_REGFILE_WRITE_DATA : _zz_regfile_regfile_port1) : 32'h00000000);
  assign decode_down_REGFILE_VAL_EQUAL = (decode_down_REGFILE_VAL1 == decode_down_REGFILE_VAL2);
  assign when_MyTopLevel_l226 = (decode_down_BYPASS_REGFILE_WRITE_DATA_COMPONENT == BypassRegfileWriteDataComponent_luc);
  assign when_MyTopLevel_l233 = (decode_down_NPC_OP == NpcOp_pc4);
  always @(*) begin
    if(when_MyTopLevel_l233) begin
      decode_down_NPC = (fetch_down_PC + 32'h00000004);
    end else begin
      if(when_MyTopLevel_l235) begin
        decode_down_NPC = {{decode_down_PC[31 : 28],decode_down_INSTRUCTION[25 : 0]},2'b00};
      end else begin
        if(when_MyTopLevel_l237) begin
          decode_down_NPC = decode_down_REGFILE_VAL1;
        end else begin
          if(when_MyTopLevel_l239) begin
            decode_down_NPC = (fetch_down_PC + _zz_decode_down_NPC);
          end else begin
            decode_down_NPC = (fetch_down_PC + 32'h00000004);
          end
        end
      end
    end
  end

  assign when_MyTopLevel_l235 = (decode_down_NPC_OP == NpcOp_imm26);
  assign when_MyTopLevel_l237 = (decode_down_NPC_OP == NpcOp_regfile);
  assign when_MyTopLevel_l239 = (decode_down_NPC_OP == NpcOp_imm16);
  assign when_MyTopLevel_l245 = (decode_down_BYPASS_REGFILE_WRITE_DATA_COMPONENT == BypassRegfileWriteDataComponent_npc);
  assign alu_in2 = ((execute_down_INSTRUCTION_TYPE == InstructionType_i) ? _zz_alu_in2 : execute_down_REGFILE_VAL2);
  assign when_MyTopLevel_l255 = (execute_down_ALU_OP == AluOp_add);
  always @(*) begin
    if(when_MyTopLevel_l255) begin
      execute_down_ALU_OUT = _zz_execute_down_ALU_OUT;
    end else begin
      if(when_MyTopLevel_l257) begin
        execute_down_ALU_OUT = _zz_execute_down_ALU_OUT_3;
      end else begin
        execute_down_ALU_OUT = _zz_execute_down_ALU_OUT_6;
      end
    end
  end

  assign when_MyTopLevel_l257 = (execute_down_ALU_OP == AluOp_sub);
  assign when_MyTopLevel_l263 = ((execute_down_BYPASS_REGFILE_WRITE_DATA_COMPONENT == BypassRegfileWriteDataComponent_alu) && execute_up_isValid);
  assign when_MyTopLevel_l272 = (memory_down_MEMORY_WRITE_ENABLE && memory_up_isFiring);
  assign when_MyTopLevel_l276 = ((memory_down_BYPASS_REGFILE_WRITE_DATA_COMPONENT == BypassRegfileWriteDataComponent_memory) && memory_up_isValid);
  assign _zz_memory_REGFILE_WRITE_DATA_bypass = memory_down_ALU_OUT[16 : 2];
  assign when_MyTopLevel_l283 = (((write_down_REGFILE_WRITE_ENABLE && (write_down_REGFILE_WRITE_ADDR != 5'h00)) && write_up_isFiring) && write_up_isValid);
  assign when_MyTopLevel_l290 = ((execute_down_REGFILE_ADDR1 != 5'h00) && execute_up_isValid);
  assign when_MyTopLevel_l292 = ((execute_down_REGFILE_ADDR1 == write_down_REGFILE_WRITE_ADDR) && write_up_isValid);
  assign execute_haltRequest_MyTopLevel_l296 = _zz_execute_haltRequest_MyTopLevel_l296;
  assign when_MyTopLevel_l299 = ((execute_down_REGFILE_ADDR1 == memory_down_REGFILE_WRITE_ADDR) && memory_up_isValid);
  assign execute_haltRequest_MyTopLevel_l303 = _zz_execute_haltRequest_MyTopLevel_l303;
  assign when_MyTopLevel_l307 = ((execute_down_REGFILE_ADDR2 != 5'h00) && execute_up_isValid);
  assign when_MyTopLevel_l309 = ((execute_down_REGFILE_ADDR2 == write_down_REGFILE_WRITE_ADDR) && write_up_isValid);
  assign execute_haltRequest_MyTopLevel_l313 = _zz_execute_haltRequest_MyTopLevel_l313;
  assign when_MyTopLevel_l316 = ((execute_down_REGFILE_ADDR2 == memory_down_REGFILE_WRITE_ADDR) && memory_up_isValid);
  assign execute_haltRequest_MyTopLevel_l320 = _zz_execute_haltRequest_MyTopLevel_l320;
  assign when_MyTopLevel_l326 = ((memory_down_REGFILE_ADDR1 != 5'h00) && memory_up_isValid);
  assign when_MyTopLevel_l327 = ((memory_down_REGFILE_ADDR1 == write_down_REGFILE_WRITE_ADDR) && write_up_isValid);
  assign memory_haltRequest_MyTopLevel_l331 = _zz_memory_haltRequest_MyTopLevel_l331;
  assign when_MyTopLevel_l335 = ((memory_down_REGFILE_ADDR2 != 5'h00) && memory_up_isValid);
  assign when_MyTopLevel_l336 = ((memory_down_REGFILE_ADDR2 == write_down_REGFILE_WRITE_ADDR) && write_up_isValid);
  assign memory_haltRequest_MyTopLevel_l340 = _zz_memory_haltRequest_MyTopLevel_l340;
  assign io_pc = write_down_PC;
  assign io_regfile_write_enable = write_down_REGFILE_WRITE_ENABLE;
  assign io_regfile_write_addr = write_down_REGFILE_WRITE_ADDR;
  assign io_regfile_write_data = write_down_REGFILE_WRITE_DATA;
  assign fetch_up_ready = fetch_down_isReady;
  assign decode_up_ready = decode_down_isReady;
  assign decode_down_PC = decode_up_PC;
  assign decode_down_INSTRUCTION = decode_up_INSTRUCTION;
  always @(*) begin
    execute_down_valid = execute_up_valid;
    if(when_CtrlLink_l151) begin
      execute_down_valid = 1'b0;
    end
  end

  always @(*) begin
    execute_up_ready = execute_down_isReady;
    if(when_CtrlLink_l151) begin
      execute_up_ready = 1'b0;
    end
  end

  assign when_CtrlLink_l151 = (|{execute_haltRequest_MyTopLevel_l320,{execute_haltRequest_MyTopLevel_l313,{execute_haltRequest_MyTopLevel_l303,execute_haltRequest_MyTopLevel_l296}}});
  assign execute_down_PC = execute_up_PC;
  assign execute_down_INSTRUCTION = execute_up_INSTRUCTION;
  assign execute_down_INSTRUCTION_TYPE = execute_up_INSTRUCTION_TYPE;
  assign execute_down_BYPASS_MEMORY_ENABLE = execute_up_BYPASS_MEMORY_ENABLE;
  assign execute_down_BYPASS_WRITE_ENABLE = execute_up_BYPASS_WRITE_ENABLE;
  assign execute_down_BYPASS_REGFILE_WRITE_DATA_COMPONENT = execute_up_BYPASS_REGFILE_WRITE_DATA_COMPONENT;
  assign execute_down_REGFILE_ADDR1 = execute_up_REGFILE_ADDR1;
  assign execute_down_REGFILE_ADDR2 = execute_up_REGFILE_ADDR2;
  assign execute_down_ALU_OP = execute_up_ALU_OP;
  assign execute_down_MEMORY_WRITE_ENABLE = execute_up_MEMORY_WRITE_ENABLE;
  assign execute_down_REGFILE_WRITE_ENABLE = execute_up_REGFILE_WRITE_ENABLE;
  assign execute_down_REGFILE_WRITE_ADDR = execute_up_REGFILE_WRITE_ADDR;
  always @(*) begin
    memory_down_valid = memory_up_valid;
    if(when_CtrlLink_l151_1) begin
      memory_down_valid = 1'b0;
    end
  end

  always @(*) begin
    memory_up_ready = memory_down_isReady;
    if(when_CtrlLink_l151_1) begin
      memory_up_ready = 1'b0;
    end
  end

  assign when_CtrlLink_l151_1 = (|{memory_haltRequest_MyTopLevel_l340,memory_haltRequest_MyTopLevel_l331});
  assign memory_down_PC = memory_up_PC;
  assign memory_down_BYPASS_MEMORY_ENABLE = memory_up_BYPASS_MEMORY_ENABLE;
  assign memory_down_BYPASS_WRITE_ENABLE = memory_up_BYPASS_WRITE_ENABLE;
  assign memory_down_BYPASS_REGFILE_WRITE_DATA_COMPONENT = memory_up_BYPASS_REGFILE_WRITE_DATA_COMPONENT;
  assign memory_down_REGFILE_ADDR1 = memory_up_REGFILE_ADDR1;
  assign memory_down_REGFILE_ADDR2 = memory_up_REGFILE_ADDR2;
  assign memory_down_MEMORY_WRITE_ENABLE = memory_up_MEMORY_WRITE_ENABLE;
  assign memory_down_REGFILE_WRITE_ENABLE = memory_up_REGFILE_WRITE_ENABLE;
  assign memory_down_REGFILE_WRITE_ADDR = memory_up_REGFILE_WRITE_ADDR;
  assign memory_down_ALU_OUT = memory_up_ALU_OUT;
  assign write_down_valid = write_up_valid;
  assign write_down_PC = write_up_PC;
  assign write_down_REGFILE_WRITE_DATA = write_up_REGFILE_WRITE_DATA;
  assign write_down_BYPASS_WRITE_ENABLE = write_up_BYPASS_WRITE_ENABLE;
  assign write_down_REGFILE_WRITE_ENABLE = write_up_REGFILE_WRITE_ENABLE;
  assign write_down_REGFILE_WRITE_ADDR = write_up_REGFILE_WRITE_ADDR;
  always @(*) begin
    fetch_down_ready = decode_up_ready;
    if(when_StageLink_l67) begin
      fetch_down_ready = 1'b1;
    end
  end

  assign when_StageLink_l67 = (! decode_up_isValid);
  always @(*) begin
    decode_down_ready = execute_up_ready;
    if(when_StageLink_l67_1) begin
      decode_down_ready = 1'b1;
    end
  end

  assign when_StageLink_l67_1 = (! execute_up_isValid);
  always @(*) begin
    execute_down_ready = memory_up_ready;
    if(when_StageLink_l67_2) begin
      execute_down_ready = 1'b1;
    end
  end

  assign when_StageLink_l67_2 = (! memory_up_isValid);
  assign fetch_up_isFiring = (fetch_up_isValid && fetch_up_isReady);
  assign fetch_up_isValid = 1'b1;
  assign fetch_up_isReady = fetch_up_ready;
  assign fetch_down_isReady = fetch_down_ready;
  assign decode_up_isValid = 1'b1;
  assign decode_down_isValid = 1'b1;
  assign decode_down_isReady = decode_down_ready;
  assign execute_up_isValid = execute_up_valid;
  assign execute_down_isValid = execute_down_valid;
  assign execute_down_isReady = execute_down_ready;
  assign memory_up_isFiring = (memory_up_isValid && memory_up_isReady);
  assign memory_up_isValid = memory_up_valid;
  assign memory_up_isReady = memory_up_ready;
  assign memory_down_isValid = memory_down_valid;
  assign memory_down_isReady = 1'b1;
  assign write_up_isFiring = (write_up_isValid && write_up_isReady);
  assign write_up_isValid = write_up_valid;
  assign write_up_isReady = 1'b1;
  always @(posedge clk) begin
    if(reset) begin
      fetcher_pc <= 32'h00003000;
      execute_up_valid <= 1'b0;
      memory_up_valid <= 1'b0;
      write_up_valid <= 1'b0;
    end else begin
      fetcher_pc <= (fetch_up_isFiring ? decode_down_NPC : fetcher_pc);
      if(decode_down_isReady) begin
        execute_up_valid <= decode_down_isValid;
      end
      if(execute_down_isReady) begin
        memory_up_valid <= execute_down_isValid;
      end
      write_up_valid <= memory_down_isValid;
    end
  end

  always @(posedge clk) begin
    if(fetch_down_isReady) begin
      decode_up_PC <= fetch_down_PC;
      decode_up_INSTRUCTION <= fetch_down_INSTRUCTION;
    end
    if(decode_down_isReady) begin
      execute_up_PC <= decode_down_PC;
      execute_up_INSTRUCTION <= decode_down_INSTRUCTION;
      execute_up_REGFILE_WRITE_DATA <= decode_down_REGFILE_WRITE_DATA;
      execute_up_INSTRUCTION_TYPE <= decode_down_INSTRUCTION_TYPE;
      execute_up_BYPASS_MEMORY_ENABLE <= decode_down_BYPASS_MEMORY_ENABLE;
      execute_up_BYPASS_WRITE_ENABLE <= decode_down_BYPASS_WRITE_ENABLE;
      execute_up_BYPASS_REGFILE_WRITE_DATA_COMPONENT <= decode_down_BYPASS_REGFILE_WRITE_DATA_COMPONENT;
      execute_up_REGFILE_ADDR1 <= decode_down_REGFILE_ADDR1;
      execute_up_REGFILE_ADDR2 <= decode_down_REGFILE_ADDR2;
      execute_up_ALU_OP <= decode_down_ALU_OP;
      execute_up_MEMORY_WRITE_ENABLE <= decode_down_MEMORY_WRITE_ENABLE;
      execute_up_REGFILE_WRITE_ENABLE <= decode_down_REGFILE_WRITE_ENABLE;
      execute_up_REGFILE_WRITE_ADDR <= decode_down_REGFILE_WRITE_ADDR;
      execute_up_REGFILE_VAL1 <= decode_down_REGFILE_VAL1;
      execute_up_REGFILE_VAL2 <= decode_down_REGFILE_VAL2;
    end
    if(execute_down_isReady) begin
      memory_up_PC <= execute_down_PC;
      memory_up_REGFILE_WRITE_DATA <= execute_down_REGFILE_WRITE_DATA;
      memory_up_BYPASS_MEMORY_ENABLE <= execute_down_BYPASS_MEMORY_ENABLE;
      memory_up_BYPASS_WRITE_ENABLE <= execute_down_BYPASS_WRITE_ENABLE;
      memory_up_BYPASS_REGFILE_WRITE_DATA_COMPONENT <= execute_down_BYPASS_REGFILE_WRITE_DATA_COMPONENT;
      memory_up_REGFILE_ADDR1 <= execute_down_REGFILE_ADDR1;
      memory_up_REGFILE_ADDR2 <= execute_down_REGFILE_ADDR2;
      memory_up_MEMORY_WRITE_ENABLE <= execute_down_MEMORY_WRITE_ENABLE;
      memory_up_REGFILE_WRITE_ENABLE <= execute_down_REGFILE_WRITE_ENABLE;
      memory_up_REGFILE_WRITE_ADDR <= execute_down_REGFILE_WRITE_ADDR;
      memory_up_REGFILE_VAL1 <= execute_down_REGFILE_VAL1;
      memory_up_REGFILE_VAL2 <= execute_down_REGFILE_VAL2;
      memory_up_ALU_OUT <= execute_down_ALU_OUT;
    end
    write_up_PC <= memory_down_PC;
    write_up_REGFILE_WRITE_DATA <= memory_down_REGFILE_WRITE_DATA;
    write_up_BYPASS_WRITE_ENABLE <= memory_down_BYPASS_WRITE_ENABLE;
    write_up_REGFILE_WRITE_ENABLE <= memory_down_REGFILE_WRITE_ENABLE;
    write_up_REGFILE_WRITE_ADDR <= memory_down_REGFILE_WRITE_ADDR;
  end


endmodule